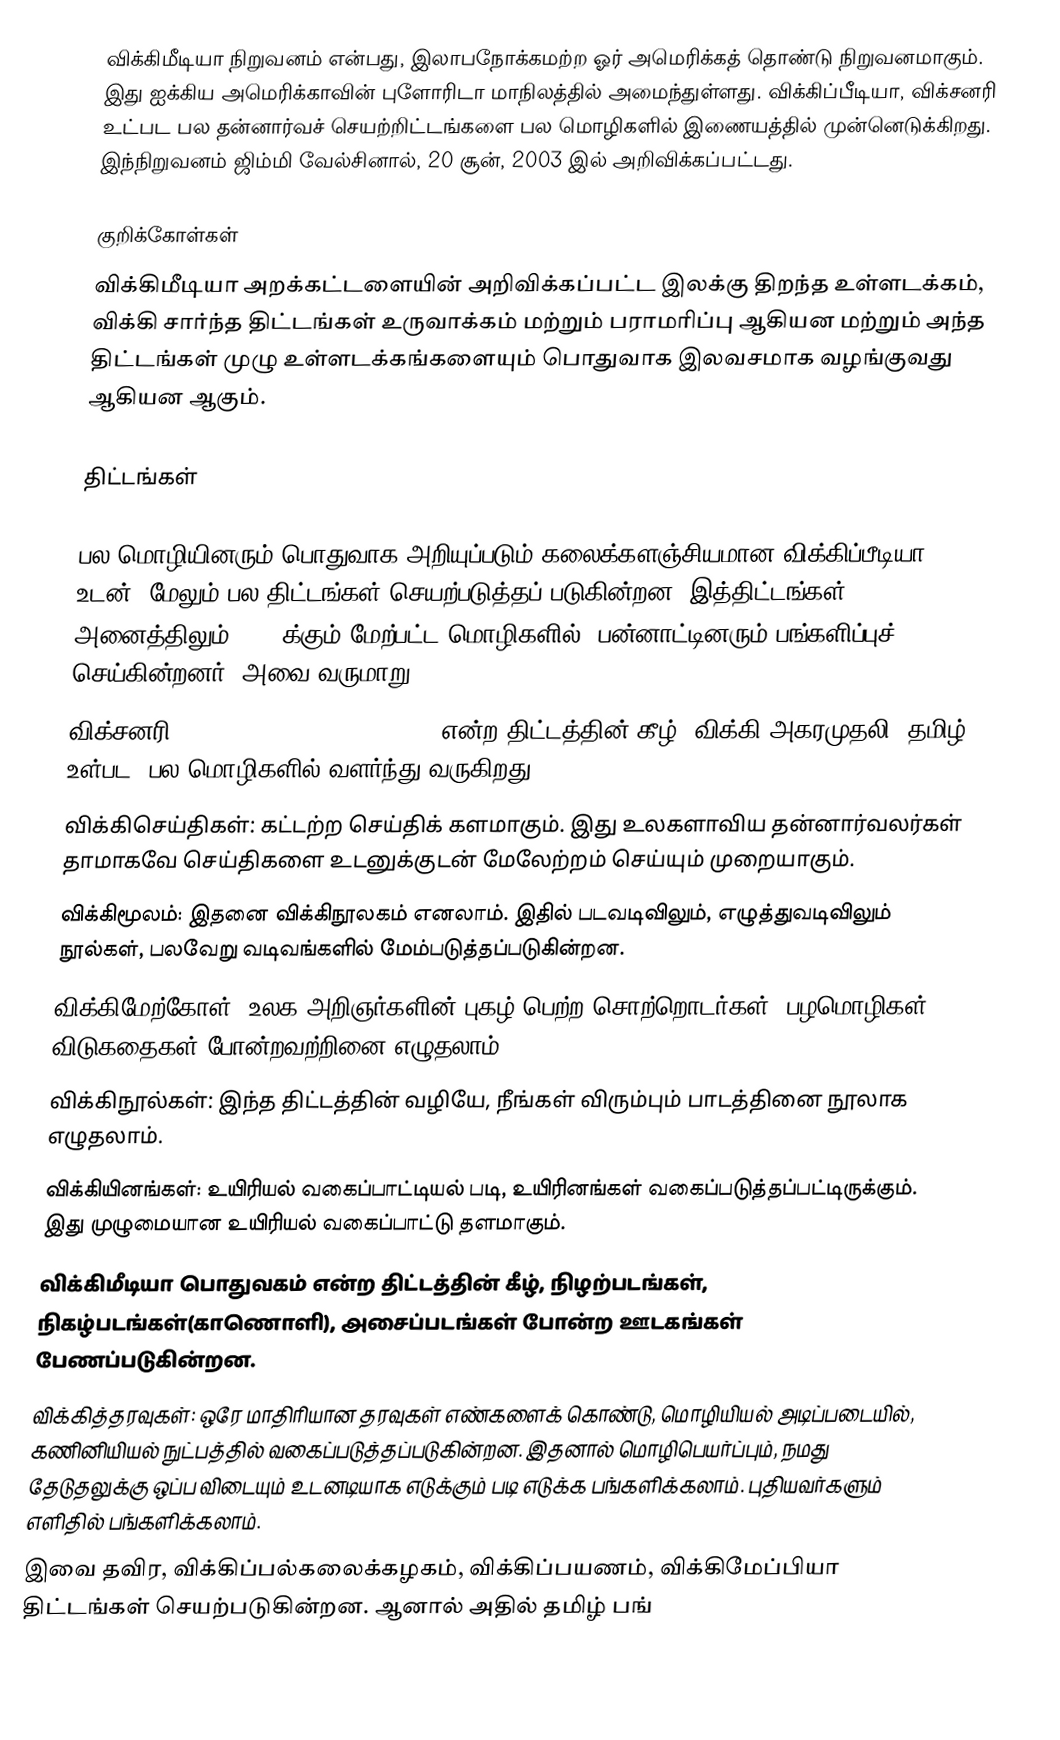
விக்கிமீடியா நிறுவனம் என்பது, இலாபநோக்கமற்ற ஓர் அமெரிக்கத் தொண்டு நிறுவனமாகும். இது ஐக்கிய அமெரிக்காவின் புளோரிடா மாநிலத்தில் அமைந்துள்ளது. விக்கிப்பீடியா, விக்சனரி உட்பட பல தன்னார்வச் செயற்றிட்டங்களை பல மொழிகளில் இணையத்தில் முன்னெடுக்கிறது. இந்நிறுவனம் ஜிம்மி வேல்சினால், 20 சூன், 2003 இல் அறிவிக்கப்பட்டது.

குறிக்கோள்கள்
விக்கிமீடியா அறக்கட்டளையின் அறிவிக்கப்பட்ட இலக்கு திறந்த உள்ளடக்கம், விக்கி சார்ந்த திட்டங்கள் உருவாக்கம் மற்றும் பராமரிப்பு ஆகியன மற்றும் அந்த திட்டங்கள் முழு உள்ளடக்கங்களையும் பொதுவாக இலவசமாக வழங்குவது ஆகியன ஆகும்.

திட்டங்கள்

 பல மொழியினரும் பொதுவாக அறியுப்படும் கலைக்களஞ்சியமான விக்கிப்பீடியா உடன், மேலும் பல திட்டங்கள் செயற்படுத்தப் படுகின்றன. இத்திட்டங்கள் அனைத்திலும், 250 க்கும் மேற்பட்ட மொழிகளில், பன்னாட்டினரும் பங்களிப்புச் செய்கின்றனர். அவை வருமாறு;-
 விக்சனரி (wiki+dictionary=wiktionary) என்ற திட்டத்தின் கீழ், விக்கி அகரமுதலி, தமிழ் உள்பட, பல மொழிகளில் வளர்ந்து வருகிறது.
 விக்கிசெய்திகள்:  கட்டற்ற செய்திக் களமாகும். இது உலகளாவிய தன்னார்வலர்கள் தாமாகவே செய்திகளை உடனுக்குடன் மேலேற்றம் செய்யும் முறையாகும்.
 விக்கிமூலம்: இதனை விக்கிநூலகம் எனலாம். இதில் படவடிவிலும், எழுத்துவடிவிலும் நூல்கள், பலவேறு வடிவங்களில் மேம்படுத்தப்படுகின்றன.
 விக்கிமேற்கோள்: உலக அறிஞர்களின் புகழ் பெற்ற சொற்றொடர்கள், பழமொழிகள், விடுகதைகள் போன்றவற்றினை எழுதலாம்.
 விக்கிநூல்கள்: இந்த திட்டத்தின் வழியே, நீங்கள் விரும்பும் பாடத்தினை நூலாக எழுதலாம்.
 விக்கியினங்கள்: உயிரியல் வகைப்பாட்டியல் படி, உயிரினங்கள் வகைப்படுத்தப்பட்டிருக்கும். இது முழுமையான உயிரியல் வகைப்பாட்டு தளமாகும்.
 விக்கிமீடியா பொதுவகம் என்ற திட்டத்தின் கீழ், நிழற்படங்கள், நிகழ்படங்கள்(காணொளி), அசைப்படங்கள் போன்ற ஊடகங்கள் பேணப்படுகின்றன.
 விக்கித்தரவுகள்: ஒரே மாதிரியான தரவுகள் எண்களைக் கொண்டு, மொழியியல் அடிப்படையில், கணினியியல் நுட்பத்தில் வகைப்படுத்தப்படுகின்றன. இதனால் மொழிபெயர்ப்பும், நமது தேடுதலுக்கு ஒப்ப விடையும் உடனடியாக எடுக்கும் படி எடுக்க பங்களிக்கலாம். புதியவர்களும் எளிதில் பங்களிக்கலாம்.
 இவை தவிர, விக்கிப்பல்கலைக்கழகம், விக்கிப்பயணம், விக்கிமேப்பியா திட்டங்கள் செயற்படுகின்றன. ஆனால் அதில் தமிழ் பங்